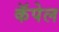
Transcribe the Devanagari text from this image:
कॅपेल